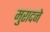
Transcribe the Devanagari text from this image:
मुरादने